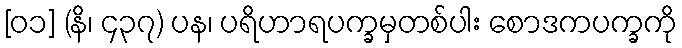
[၀၁] (နိ၊ ၄၃၇) ပန၊ ပရိဟာရပက္ခမှတစ်ပါး စောဒကပက္ခကို